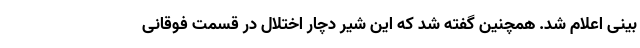
بینی اعلام شد. همچنین گفته شد که این شیر دچار اختلال در قسمت فوقانی